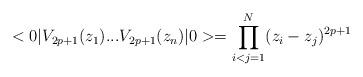
LaTeX: \begin{align*}<0|V_{2p+1}(z_{1})...V_{2p+1}(z_{n})|0>=\prod_{i<j=1}^{N}(z_{i}-z_{j})^{2p+1}\end{align*}